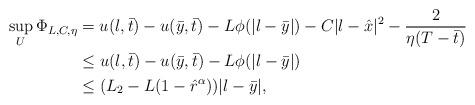
LaTeX: \begin{align*}\sup_U\Phi_{L,C,\eta}&=u(l,\bar{t})-u(\bar{y},\bar{t})-L\phi(|l-\bar{y}|)-C|l-\hat{x}|^2-\frac{2}{\eta(T-\bar{t})}\\&\le u(l,\bar{t})-u(\bar{y},\bar{t})-L\phi(|l-\bar{y}|)\\&\le (L_2-L(1-\hat{r}^\alpha))|l-\bar{y}|,\end{align*}